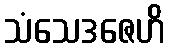
သံသေဒဇေဟိ